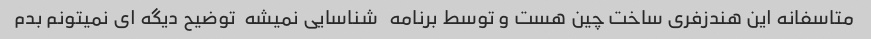
متاسفانه این هندزفری ساخت چین هست و توسط برنامه   شناسایی نمیشه  توضیح دیگه ای نمیتونم بدم